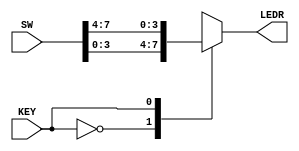
module mux_2_1_4_bits (
	input [7:0] SW, input KEY,
	output reg [3:0] LEDR);
	always @(*)
		case (KEY)
			2'b0: LEDR = SW[3:0];
			2'b1: LEDR = SW[7:4];
		endcase
endmodule